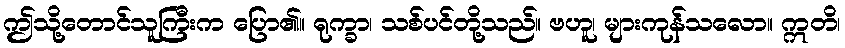
ဤသို့တောင်သူကြီးက ပြော၏။ ရုက္ခာ၊ သစ်ပင်တို့သည်။ ဗဟူ၊ များကုန်သလော။ ဣတိ၊